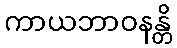
ကာယဘာဝနန္တိ